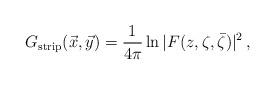
LaTeX: \begin{align*}G_{\rm strip}(\vec x, \vec y) ={1 \over 4\pi} \ln|F(z, \zeta, \bar \zeta)|^2\,,\end{align*}